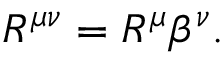
R ^ { \mu \nu } = R ^ { \mu } \beta ^ { \nu } .